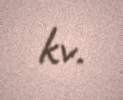
kv.